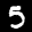
Label: 5